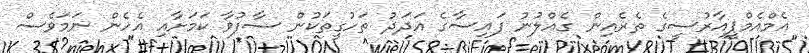
އެމްއެމްޕީއާރުސީގެ ތެރެއިން ގެއްލުނު ފައިސާގެ އަދަދު ތަހުގީތަކުން ސާފުވާ ކަމަށާއި އެހެން ނަމަވެސް